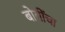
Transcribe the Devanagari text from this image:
बोगींचा